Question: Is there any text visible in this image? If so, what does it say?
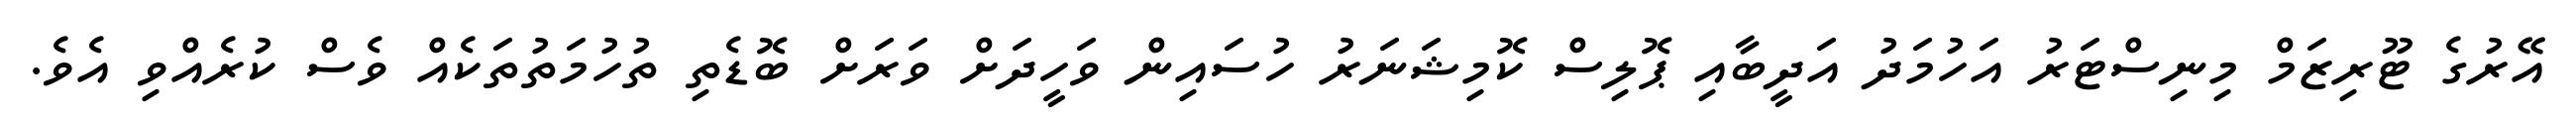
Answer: އޭރުގެ ޓޫރިޒަމް މިނިސްޓަރު އަހުމަދު އަދީބާއި ޕޮލިސް ކޮމިޝަނަރު ހުސައިން ވަހީދަށް ވަރަށް ބޮޑެތި ތުހުމަތުތަކެއް ވެސް ކުރެއްވި އެވެ.